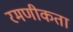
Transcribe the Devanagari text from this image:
रमणीकता